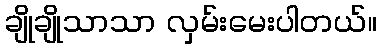
ချိုချိုသာသာ လှမ်းမေးပါတယ်။